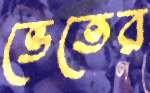
ভেতের